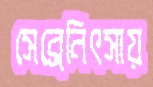
সেব্রেনিৎসায়